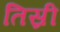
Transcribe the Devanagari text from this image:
तिस्री